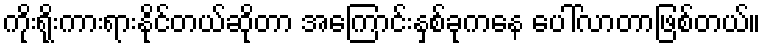
ကိုးရိုးကားရားနိုင်တယ်ဆိုတာ အကြောင်းနှစ်ခုကနေ ပေါ်လာတာဖြစ်တယ်။